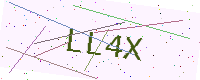
Text: LL4X